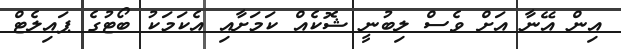
އިން އޭނާ އަށް ވެސް ލިބުނީ ޝޮކެއް ކަމަށާއި އެކަމަކު ބޯޓުގެ ޕައިލެޓް